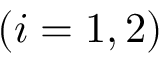
( i = 1 , 2 )